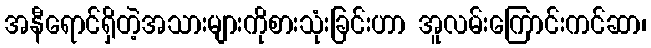
အနီရောင်ရှိတဲ့အသားများကိုစားသုံးခြင်းဟာ အူလမ်းကြောင်းကင်ဆာ၊